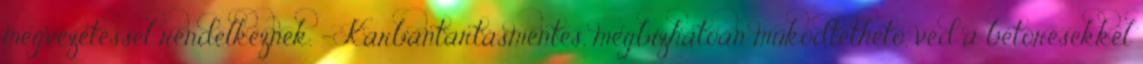
megvezetéssel rendelkeznek. - Karbantartásmentes, megbízhatóan működtethető, véd a betörésekkel